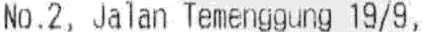
NO.2, JALAN TEMENGGUNG 19/9,